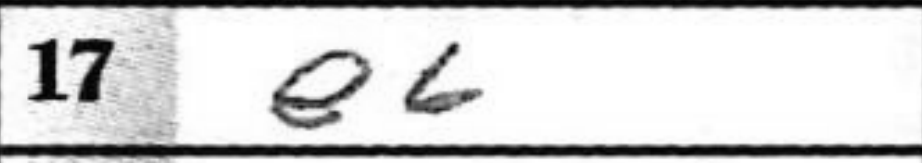
Transcription: e6